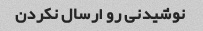
نوشیدنی رو ارسال نکردن